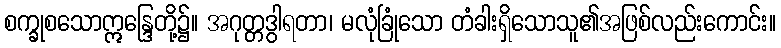
စက္ခုစသောဣန္ဒြေတို့၌။ အဂုတ္တဒွါရတာ၊ မလုံခြုံသော တံခါးရှိသောသူ၏အဖြစ်လည်းကောင်း။